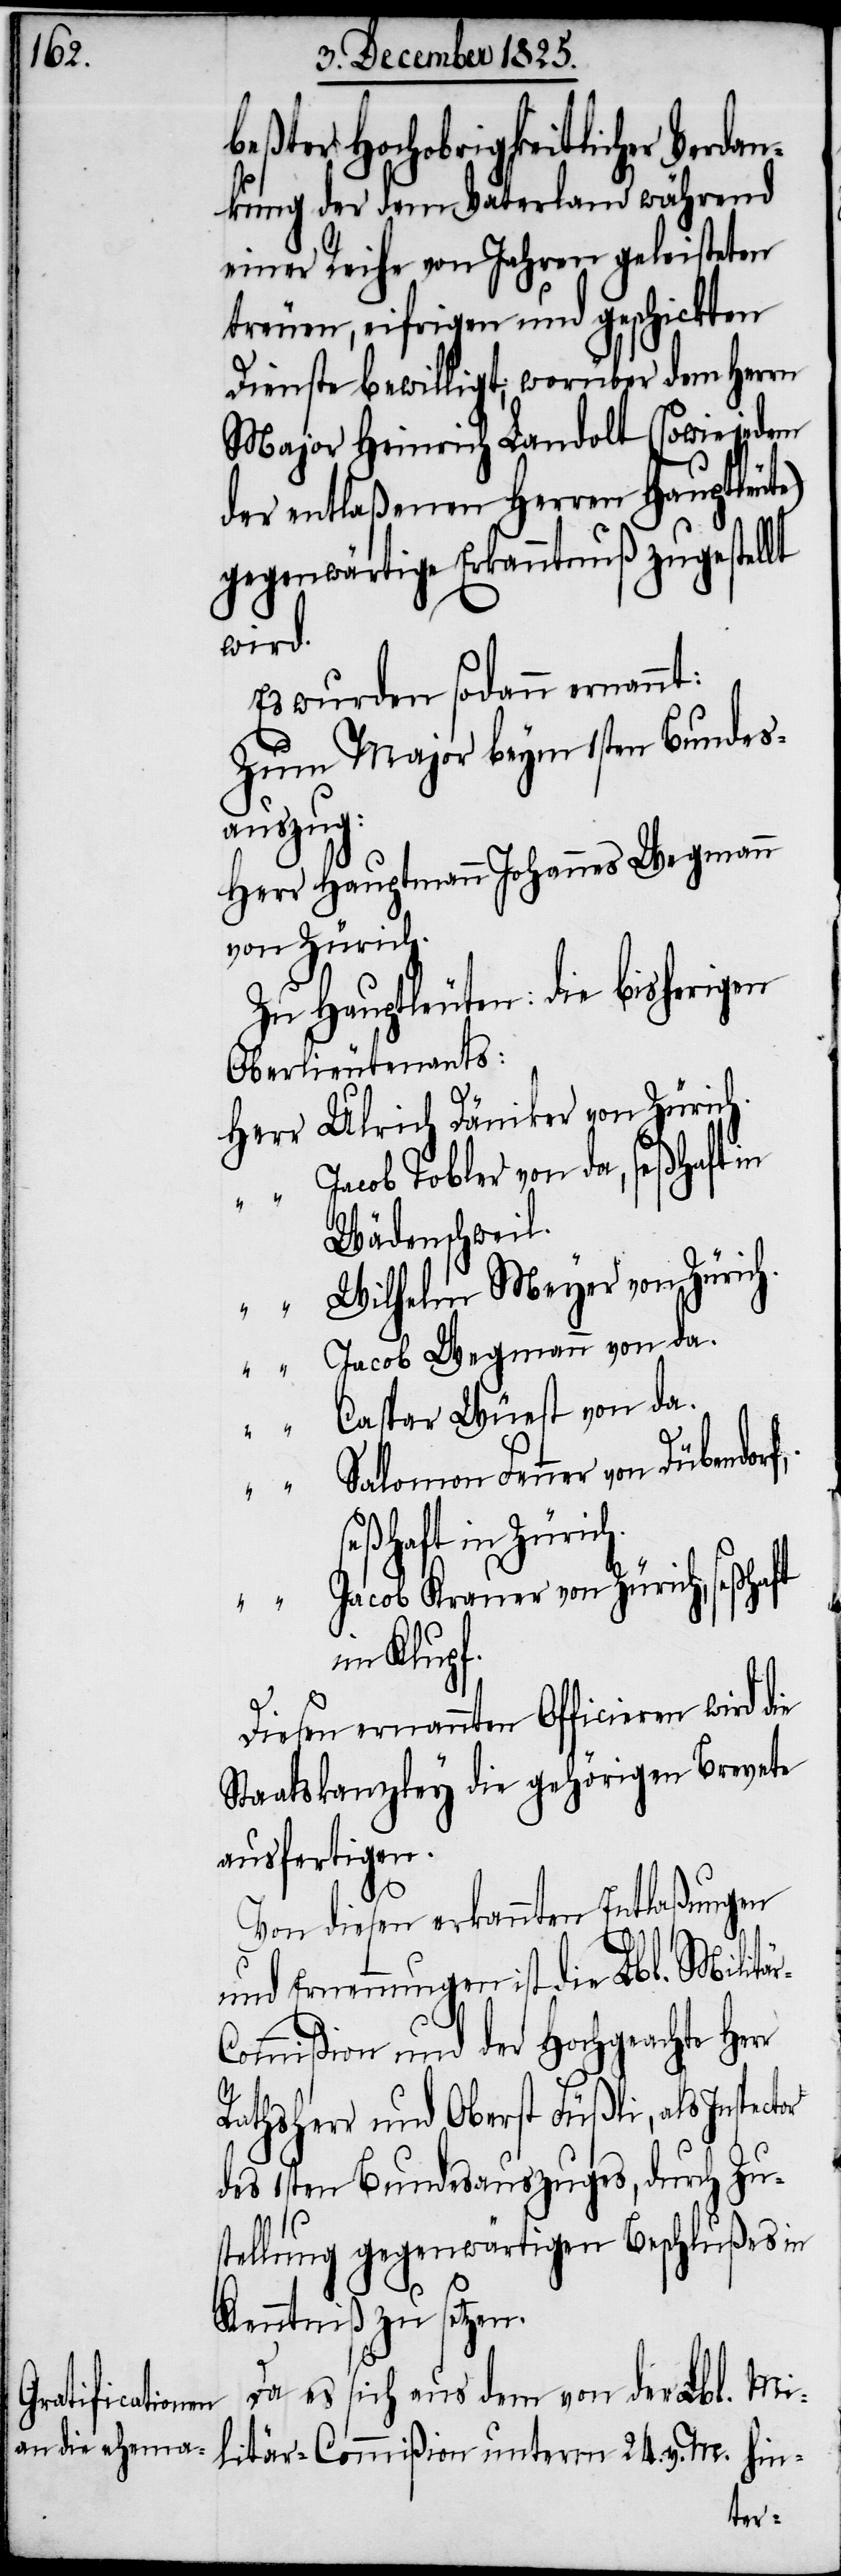
r-C¬

beßter Hochobrigkeitlicher Verda¬
nkung der dem Vaterland während
einer Reihe von Jahren geleisteten
treuen, eifrigen und geschickten
Dienste bewilligt, worüber dem Herrn
Major Heinrich Landolt (sowie jedem
der entlaßenen Herren Hauptleute)
gegenwärtige Erkanntnuß zugestellt
wird.
Es wurden sodann ernannt:
Zum Major beym 1sten Bundes¬
auszug:
Herr Hauptmann Johannes Wegmann
von Zürich.
Zu Hauptleuten: die bisherigen
Oberlieutenants:
Herr	Ulrich Däniker von Zürich.
“ 		Jacob Tobler von da, seßhaft in
Wädenschweil.
acob Wegmann von da.
aspar Wüest von da.
Fenner von Dübendor¬
f,
seßhaft in
“		Jacob Krauer von Zürich, seßhaft
im Klupf.
Diesen ernannten Officieren wird die
Staatskanzley die gehörigen Brevete
ausfertigen.
or
Von diesen erkannten Entlaßungen
und Ernennungen ist die Lbl. Militä¬
ommißion und der Hochgeachte Herr
Rathsherr und Oberst Füßli, als Inspect¬
des 1sten Bundesauszuges, durch Zu¬
stellung gegenwärtigen Beschlußes in
Kenntniß zu setzen.
Da es sich aus dem von der Lbl. Mi¬
litär-Commißion unterm 24. v. M. hin-